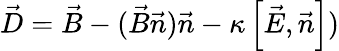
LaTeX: \vec{D}=\vec{B}-(\vec{B}\vec{n})\vec{n}-\kappa\left[\vec{E},\vec{n}\right])